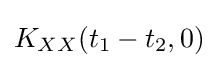
\,\!K_{XX}(t_{1}-t_{2},0)